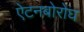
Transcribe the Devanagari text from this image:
ऐटनबोरोघ